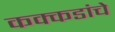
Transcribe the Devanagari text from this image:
कक्कडांचे